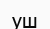
уш